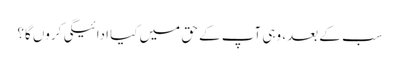
سب کے بعد، وہی آپ کے حق میں کیا ادائیگی کروں گا؟